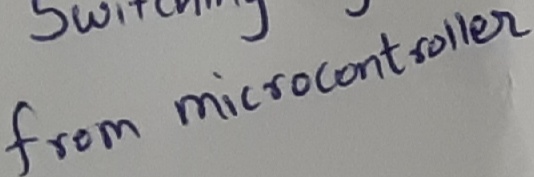
Text: from microcontroller